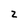
Character: z